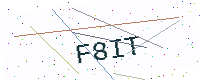
Text: F8IT